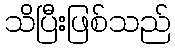
သိပြီးဖြစ်သည်